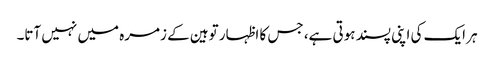
ہر ایک کی اپنی پسند ہوتی ہے، جس کا اظہار توہین کے زمرہ میں نہیں آتا۔